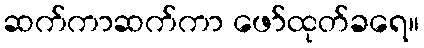
ဆက်ကာဆက်ကာ ဖော်ထုတ်ခရေ။